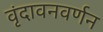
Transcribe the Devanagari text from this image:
वृंदावनवर्णन